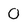
Character: O